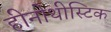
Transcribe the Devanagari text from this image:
हीनोथीस्टिक